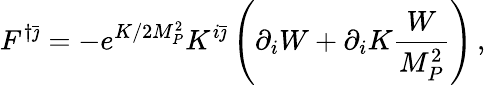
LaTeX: F^{\dagger\bar{\jmath}}=-e^{K/2M_{P}^{2}}K^{i\bar{\jmath}}\left(\partial_{i}W+\partial_{i}K\frac{W}{M_{P}^{2}}\right)\, ,